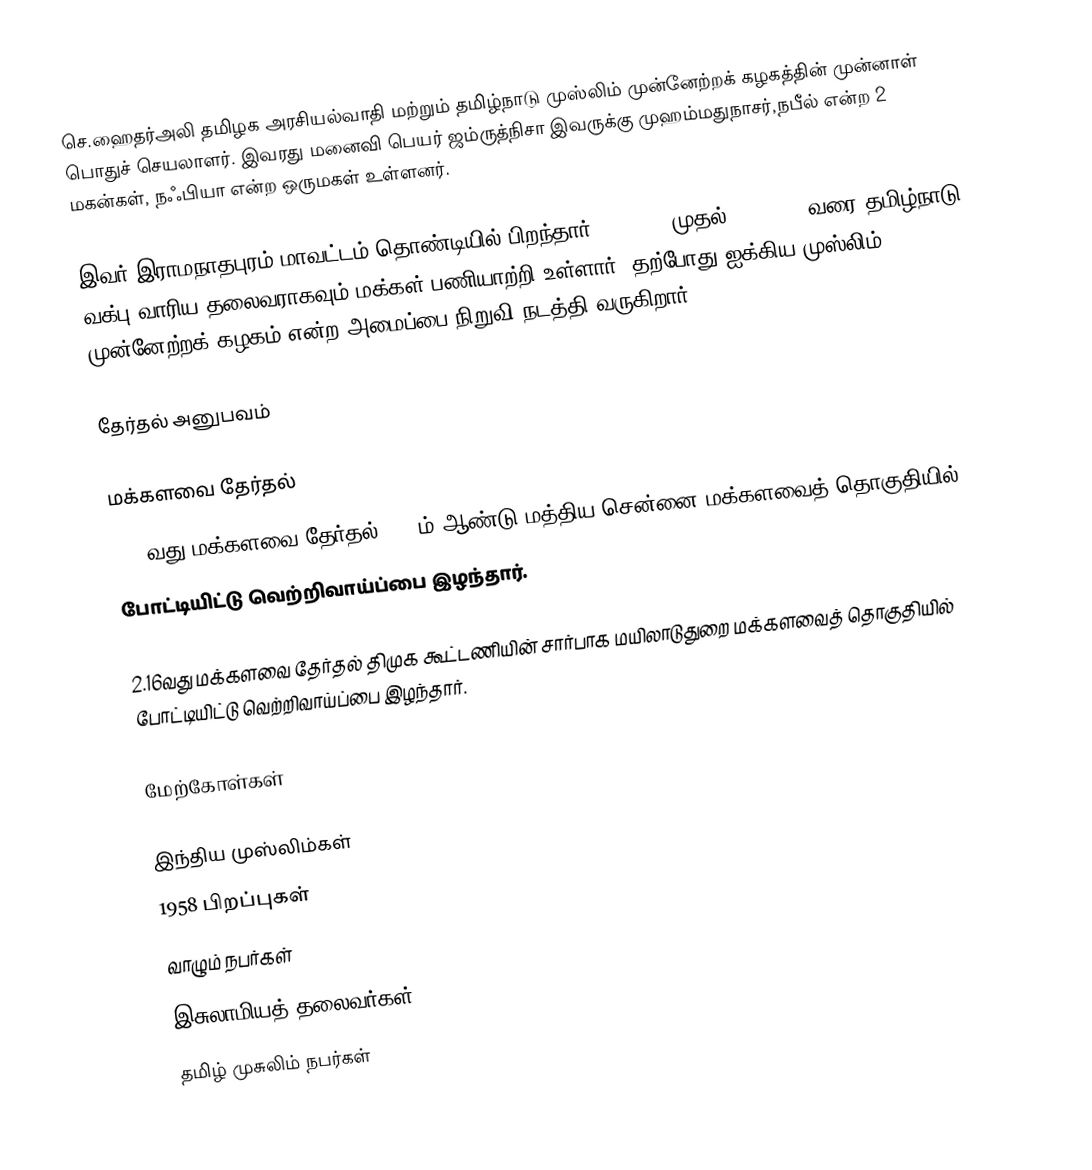
செ.ஹைதர்அலி  தமிழக அரசியல்வாதி மற்றும் தமிழ்நாடு முஸ்லிம் முன்னேற்றக் கழகத்தின் முன்னாள் பொதுச் செயலாளர். இவரது மனைவி பெயர் ஜம்ருத்நிசா இவருக்கு முஹம்மதுநாசர்,நபீல் என்ற 2 மகன்கள், நஃபியா என்ற ஒருமகள் உள்ளனர்.

இவர் இராமநாதபுரம் மாவட்டம் தொண்டியில் பிறந்தார். 27.3.07 முதல் 09.06.09 வரை தமிழ்நாடு வக்பு வாரிய தலைவராகவும் மக்கள் பணியாற்றி உள்ளார். தற்போது ஐக்கிய முஸ்லிம் முன்னேற்றக் கழகம் என்ற அமைப்பை நிறுவி நடத்தி வருகிறார்.

தேர்தல் அனுபவம்

மக்களவை தேர்தல்
1.15வது மக்களவை தேர்தல் 2009ம் ஆண்டு  மத்திய சென்னை மக்களவைத் தொகுதியில்
போட்டியிட்டு வெற்றிவாய்ப்பை இழந்தார்.

2.16வது மக்களவை தேர்தல் திமுக கூட்டணியின் சார்பாக மயிலாடுதுறை மக்களவைத் தொகுதியில் போட்டியிட்டு வெற்றிவாய்ப்பை இழந்தார்.

மேற்கோள்கள்

இந்திய முஸ்லிம்கள்
1958 பிறப்புகள்
வாழும் நபர்கள்
இசுலாமியத் தலைவர்கள்
தமிழ் முசுலிம் நபர்கள்